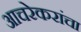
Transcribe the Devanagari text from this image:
आचरेकरांचा